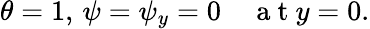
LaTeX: \theta=1,\, \psi=\psi_{y}=0\quad\mathrm{~a~t~}y=0.